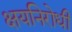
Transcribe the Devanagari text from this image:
क्षयनिरोधी